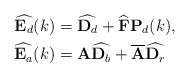
\begin{align*}\widehat{{\bf{E}}_d}(k) &= \widehat{{\bf{D}}_d} + \widehat{{\bf{F}}}{\bf{P}}_d(k),\\\widehat{{\bf{E}}_{a}}(k) &= {\bf{A}}\widehat{{\bf{D}}_{b}} + \overline{\bf{A}}\widehat{{\bf{D}}_{r}}\end{align*}